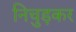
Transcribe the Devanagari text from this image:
निचुड़कर